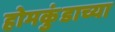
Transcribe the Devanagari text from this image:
होमकुंडाच्या